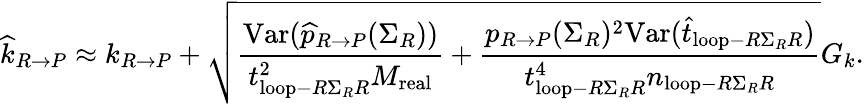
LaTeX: \widehat{k}_{R\rightarrow P}\approx k_{R\rightarrow P}+\sqrt{\frac{\mathrm{Var}(\widehat{p}_{R\rightarrow P}(\Sigma_{R}))}{t_{\mathrm{loop}-R\Sigma_{R}R}^{2}M_{\mathrm{real}}}+\frac{p_{R\rightarrow P}(\Sigma_{R})^{2}\mathrm{Var}(\widehat{t}_{\mathrm{loop}-R\Sigma_{R}R})}{t_{\mathrm{loop}-R\Sigma_{R}R}^{4}n_{\mathrm{loop}-R\Sigma_{R}R}}}G_{k}.